Mental hospitals Bombay report 1929-33 - 1929-1933
Year: 1929
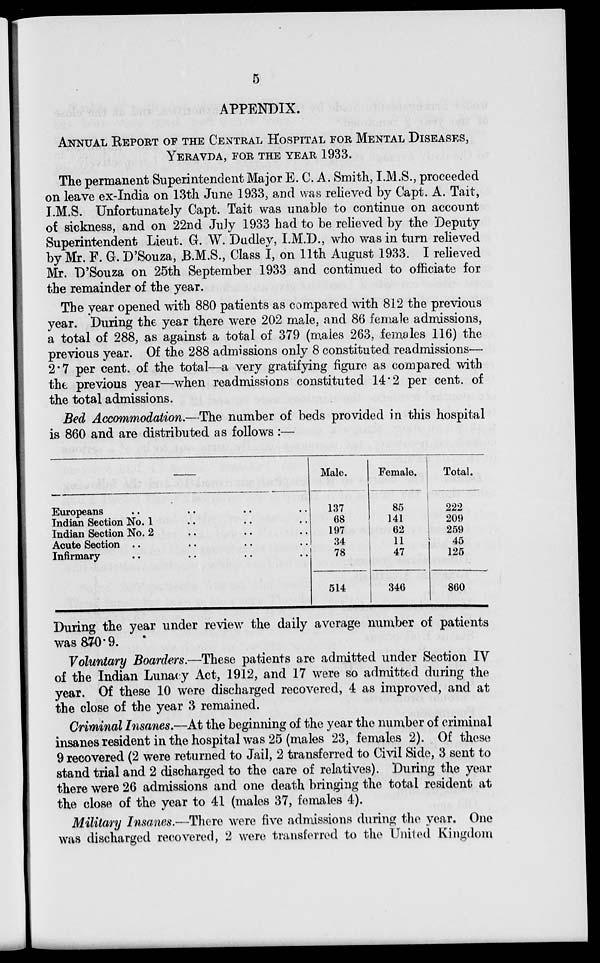
5
APPENDIX.
ANNUAL REPORT OF THE CENTRAL HOSPITAL FOR MENTAL DISEASES,
YERAVDA, FOR THE YEAR 1933.
The permanent Superintendent Major E. C. A. Smith, I.M.S., proceeded
on leave ex-India on 13th June 1933, and was relieved by Capt. A. Tait,
I.M.S. Unfortunately Capt. Tait was unable to continue on account
of sickness, and on 22nd July 1933 had to be relieved by the Deputy
Superintendent Lieut. G. W. Dudley, I.M.D., who was in turn relieved
by Mr. F. G. D'Souza, B.M.S., Class I, on 11th August 1933. I relieved
Mr. D'Souza on 25th September 1933 and continued to officiate for
the remainder of the year.
The year opened with 880 patients as compared with 812 the previous
year. During the year there were 202 male, and 86 female admissions,
a total of 288, as against a total of 379 (males 263, females 116) the
previous year. Of the 288 admissions only 8 constituted readmissions—
2.7 per cent. of the total—a very gratifying figure as compared with
the previous year—when readmissions constituted 14.2 per cent. of
the total admissions.
Bed Accommodation.—The number of beds provided in this hospital
is 860 and are distributed as follows :—
—
Europeans .. .. .. ..
Indian Section No. 1 .. .. ..
Indian Section No. 2 .. .. ..
Acute Section .. .. .. ..
Infirmary .. .. .. .. ..
Male.
137
68
197
34
78
514
Female.
85
141
62
11
47
346
Total.
222
209
259
45
125
860
During the year under review the daily average number of patients
was 870.9.
Voluntary Boarders.—These patients are admitted under Section IV
of the Indian Lunacy Act, 1912, and 17 were so admitted during the
year. Of these 10 were discharged recovered, 4 as improved, and at
the close of the year 3 remained.
Criminal Insanes.—At the beginning of the year the number of criminal
insanes resident in the hospital was 25 (males 23, females 2). Of these
9 recovered (2 were returned to Jail, 2 transferred to Civil Side, 3 sent to
stand trial and 2 discharged to the care of relatives). During the year
there were 26 admissions and one death bringing the total resident at
the close of the year to 41 (males 37, females 4).
Military Insanes.—There were five admissions during the year. One
was discharged recovered, 2 were transferred to the United Kingdom